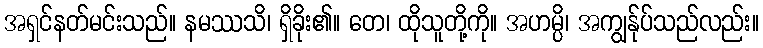
အရှင်နတ်မင်းသည်။ နမဿသိ၊ ရှိခိုး၏။ တေ၊ ထိုသူတို့ကို။ အဟမ္ပိ၊ အကျွန်ုပ်သည်လည်း။